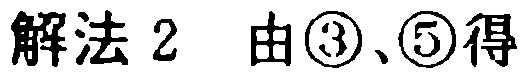
解法 2 由\textcircled{3}、\textcircled{5}得